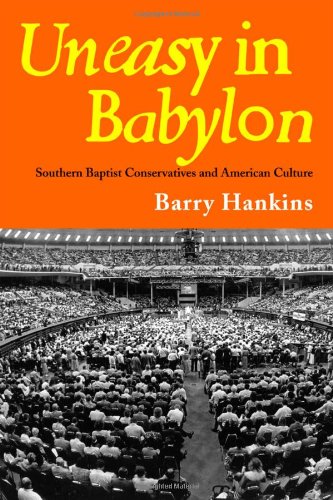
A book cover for Uneasy in Babylon: Southern Baptist Convservative and American Culture (Religion & American Culture); Barry Hankins; Christian Books & Bibles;